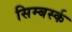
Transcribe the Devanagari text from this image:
सिम्बर्स्क